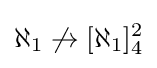
\aleph _{1}\not \to [\aleph _{1}]_{4}^{2}